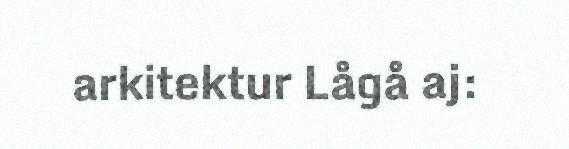
arkitektur Lågå aj: